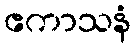
ဧကာသနံ